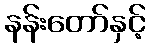
နန်းတော်နှင့်